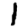
Digit: 1